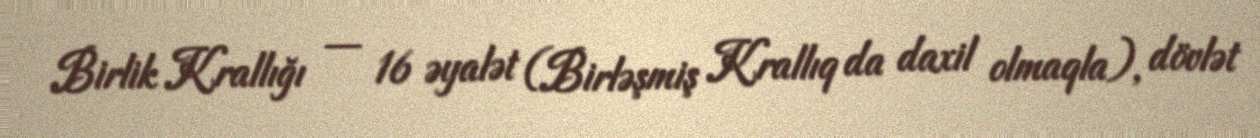
Birlik Krallığı — 16 əyalət (Birləşmiş Krallıq da daxil olmaqla), dövlət